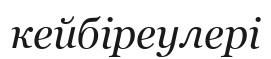
кейбіреулері